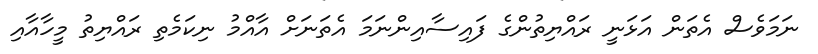
ނަމަވެސް އެތަން އަޅަނީ ރައްޔިތުންގެ ފައިސާއިންނަމަ އެތަނަށް އާއްމު ނިކަމެތި ރައްޔިތު މީހާއާއި